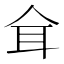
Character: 𦔴